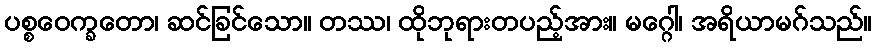
ပစ္စဝေက္ခတော၊ ဆင်ခြင်သော။ တဿ၊ ထိုဘုရားတပည့်အား။ မဂ္ဂေါ၊ အရိယာမဂ်သည်။